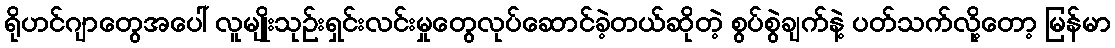
ရိုဟင်ဂျာတွေအပေါ် လူမျိုးသုဉ်းရှင်းလင်းမှုတွေလုပ်ဆောင်ခဲ့တယ်ဆိုတဲ့ စွပ်စွဲချက်နဲ့ ပတ်သက်လို့တော့ မြန်မာ